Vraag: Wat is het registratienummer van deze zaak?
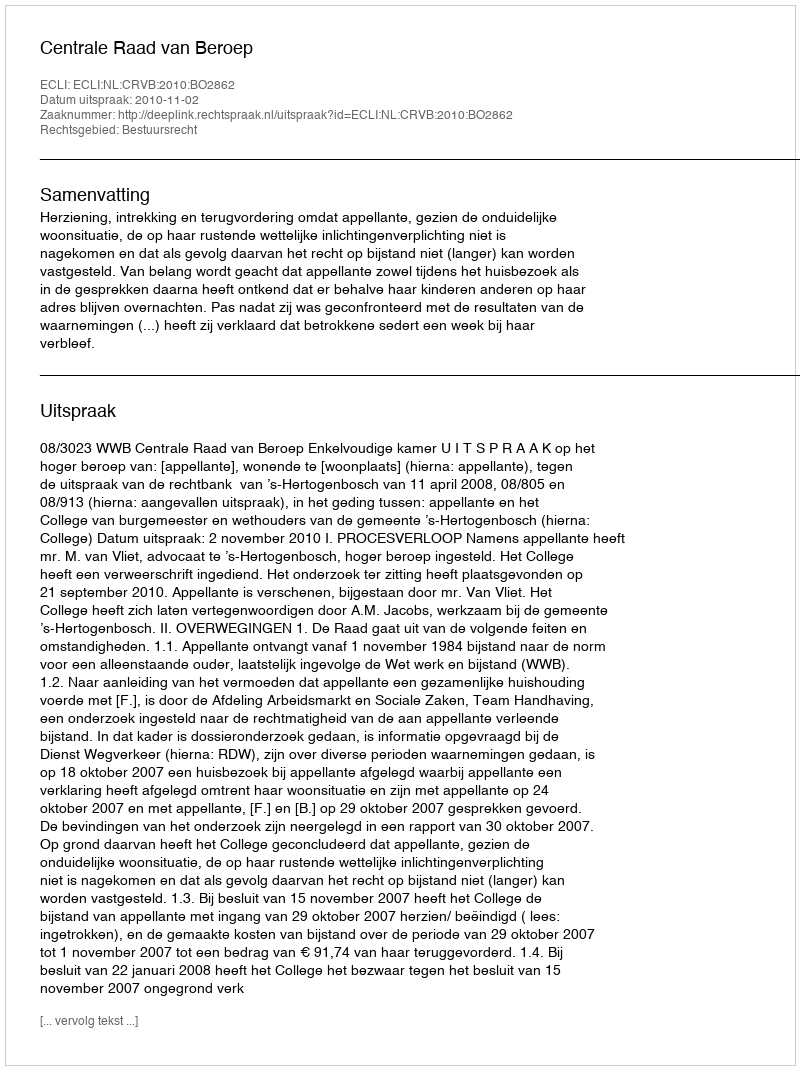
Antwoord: http://deeplink.rechtspraak.nl/uitspraak?id=ECLI:NL:CRVB:2010:BO2862